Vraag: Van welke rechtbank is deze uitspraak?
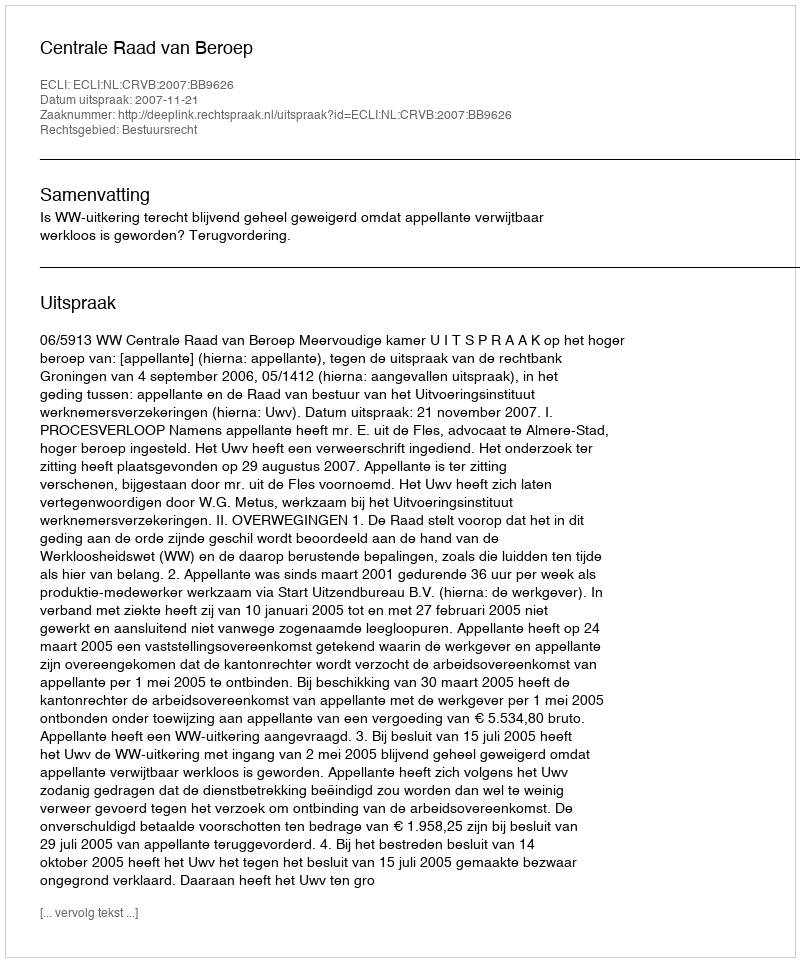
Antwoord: Centrale Raad van Beroep